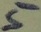
Text: 5